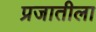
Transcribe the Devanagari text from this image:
प्रजातीला